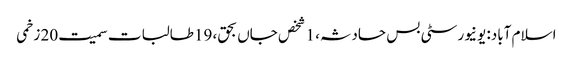
اسلام آباد: یونیورسٹی بس حادثہ، 1 شخص جاں بحق، 19طالبات سمیت20 زخمی